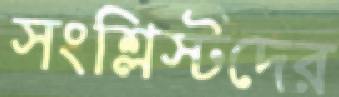
সংশ্লিস্টদের